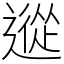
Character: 䢨